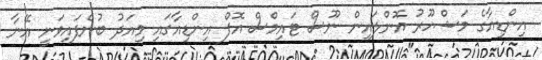
އިންޑިއާގެ މަޝްހޫރު އޮންލައިން ނޫސް ޓައިމްސް އޮފް އިންޑިއާގައި މިއަދު ބުނެފައިވަނީ އޭނާ